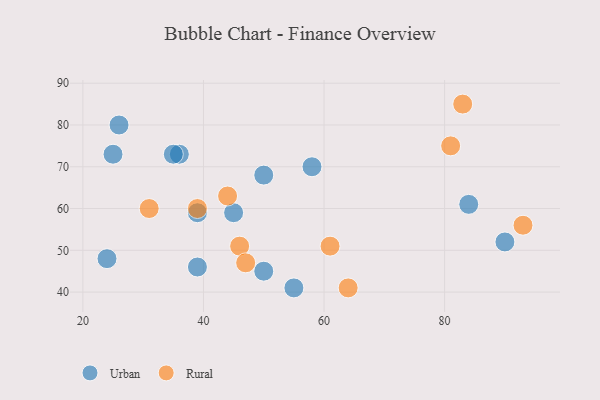
{"axis": {"x": "GDP", "y": "Life Expectancy"}, "legend": ["Rural", "Urban"], "data": [{"x": "39", "y": 59, "type": "Urban"}, {"x": "36", "y": 73, "type": "Urban"}, {"x": "25", "y": 73, "type": "Urban"}, {"x": "50", "y": 68, "type": "Urban"}, {"x": "58", "y": 70, "type": "Urban"}, {"x": "84", "y": 61, "type": "Urban"}, {"x": "35", "y": 73, "type": "Urban"}, {"x": "39", "y": 46, "type": "Urban"}, {"x": "55", "y": 41, "type": "Urban"}, {"x": "26", "y": 80, "type": "Urban"}, {"x": "50", "y": 45, "type": "Urban"}, {"x": "90", "y": 52, "type": "Urban"}, {"x": "24", "y": 48, "type": "Urban"}, {"x": "45", "y": 59, "type": "Urban"}, {"x": "44", "y": 63, "type": "Rural"}, {"x": "31", "y": 60, "type": "Rural"}, {"x": "81", "y": 75, "type": "Rural"}, {"x": "46", "y": 51, "type": "Rural"}, {"x": "47", "y": 47, "type": "Rural"}, {"x": "39", "y": 60, "type": "Rural"}, {"x": "64", "y": 41, "type": "Rural"}, {"x": "61", "y": 51, "type": "Rural"}, {"x": "83", "y": 85, "type": "Rural"}, {"x": "93", "y": 56, "type": "Rural"}]}